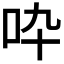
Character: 𠯥